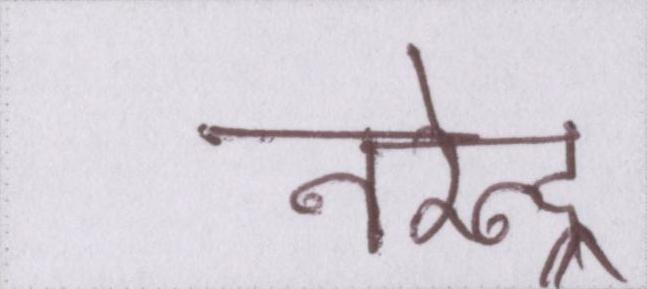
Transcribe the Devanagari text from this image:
नरेन्द्र